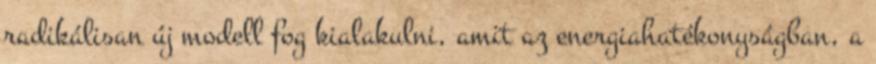
radikálisan új modell fog kialakulni, amit az energiahatékonyságban, a